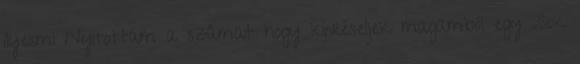
ilyesmi Nyitottam a számat hogy kipréseljek magamból egy „Sok